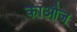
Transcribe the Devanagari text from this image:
काऔज